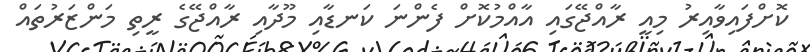
ކޮށްފައިވާއިރު މިއީ ރާއްޖޭގައި އާއްމުކޮށް ފެންނަ ކަނޑާއި މޫދާއި ރާއްޖޭގެ ރީތި މަންޒަރުތައް